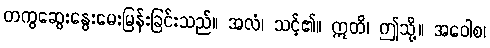
တကွဆွေးနွေးမေးမြန်းခြင်းသည်။ အလံ၊ သင့်၏။ ဣတိ၊ ဤသို့။ အဝေါစ၊